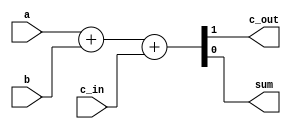
//////////////////////////////////////////////////////////////////////////////////
// Company: 
// Engineer: 
// 
// Design Name: 
// Module Name:    Verification_1bit 
// Project Name: 
// Target Devices: 
// Tool versions: 
// Description: 
//
// Dependencies: 
//
// Revision: 
// Revision 0.01 - File Created
// Additional Comments: 
//
//////////////////////////////////////////////////////////////////////////////////
module Verification_1bit(c_out, sum, a, b, c_in);

	input	 a, b, c_in; //declare inputs a, b, and c_in, one bit each
	output c_out, sum; //declare outputs c_out and sum, one bit each

	assign {c_out, sum} = a + b + c_in;

endmodule